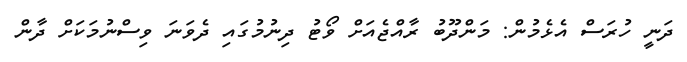
ދަނީ ހުރަސް އެޅެމުން: މަންދޫބު ރާއްޖެއަށް ވޯޓު ދިނުމުގައި ދެވަނަ ވިސްނުމަކަށް ދާން